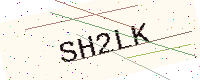
Text: SH2LK